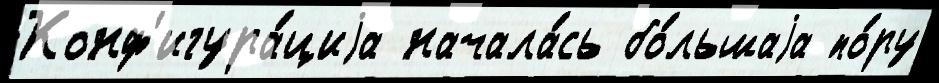
Конф'игура́циjа начала́сь бо́льшаjа по́ру